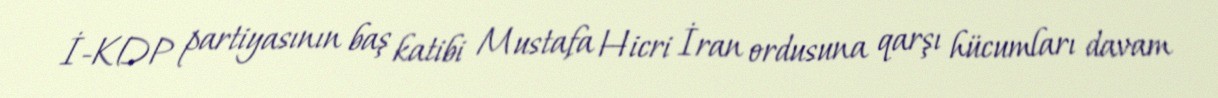
İ-KDP partiyasının baş katibi Mustafa Hicri İran ordusuna qarşı hücumları davam